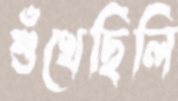
শুঁখেছিলি